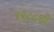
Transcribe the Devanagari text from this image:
१९८५ची